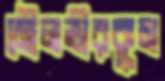
মৌলভীরকুম